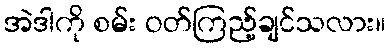
အဲဒါကို စမ်း ဝတ်ကြည့်ချင်သလား။